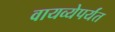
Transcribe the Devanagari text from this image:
वायव्येपर्यंत